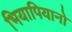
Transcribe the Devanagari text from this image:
भियापियानो